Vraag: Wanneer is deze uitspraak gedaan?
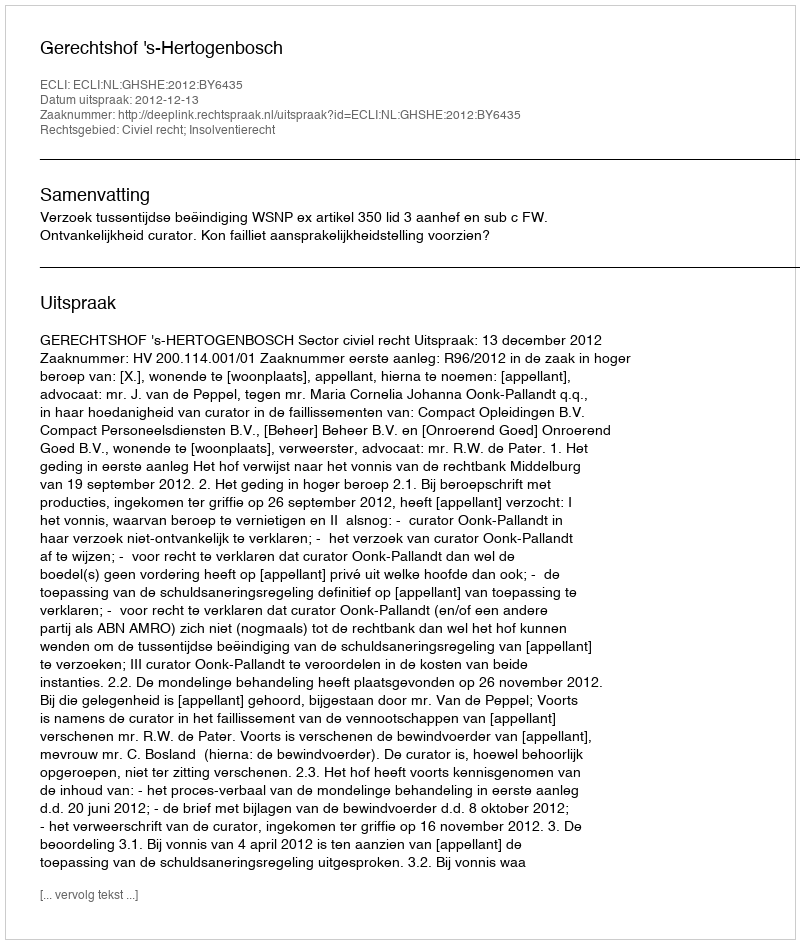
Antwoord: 2012-12-13